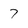
Character: 7